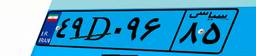
۴۹D۰۹۶۸۵